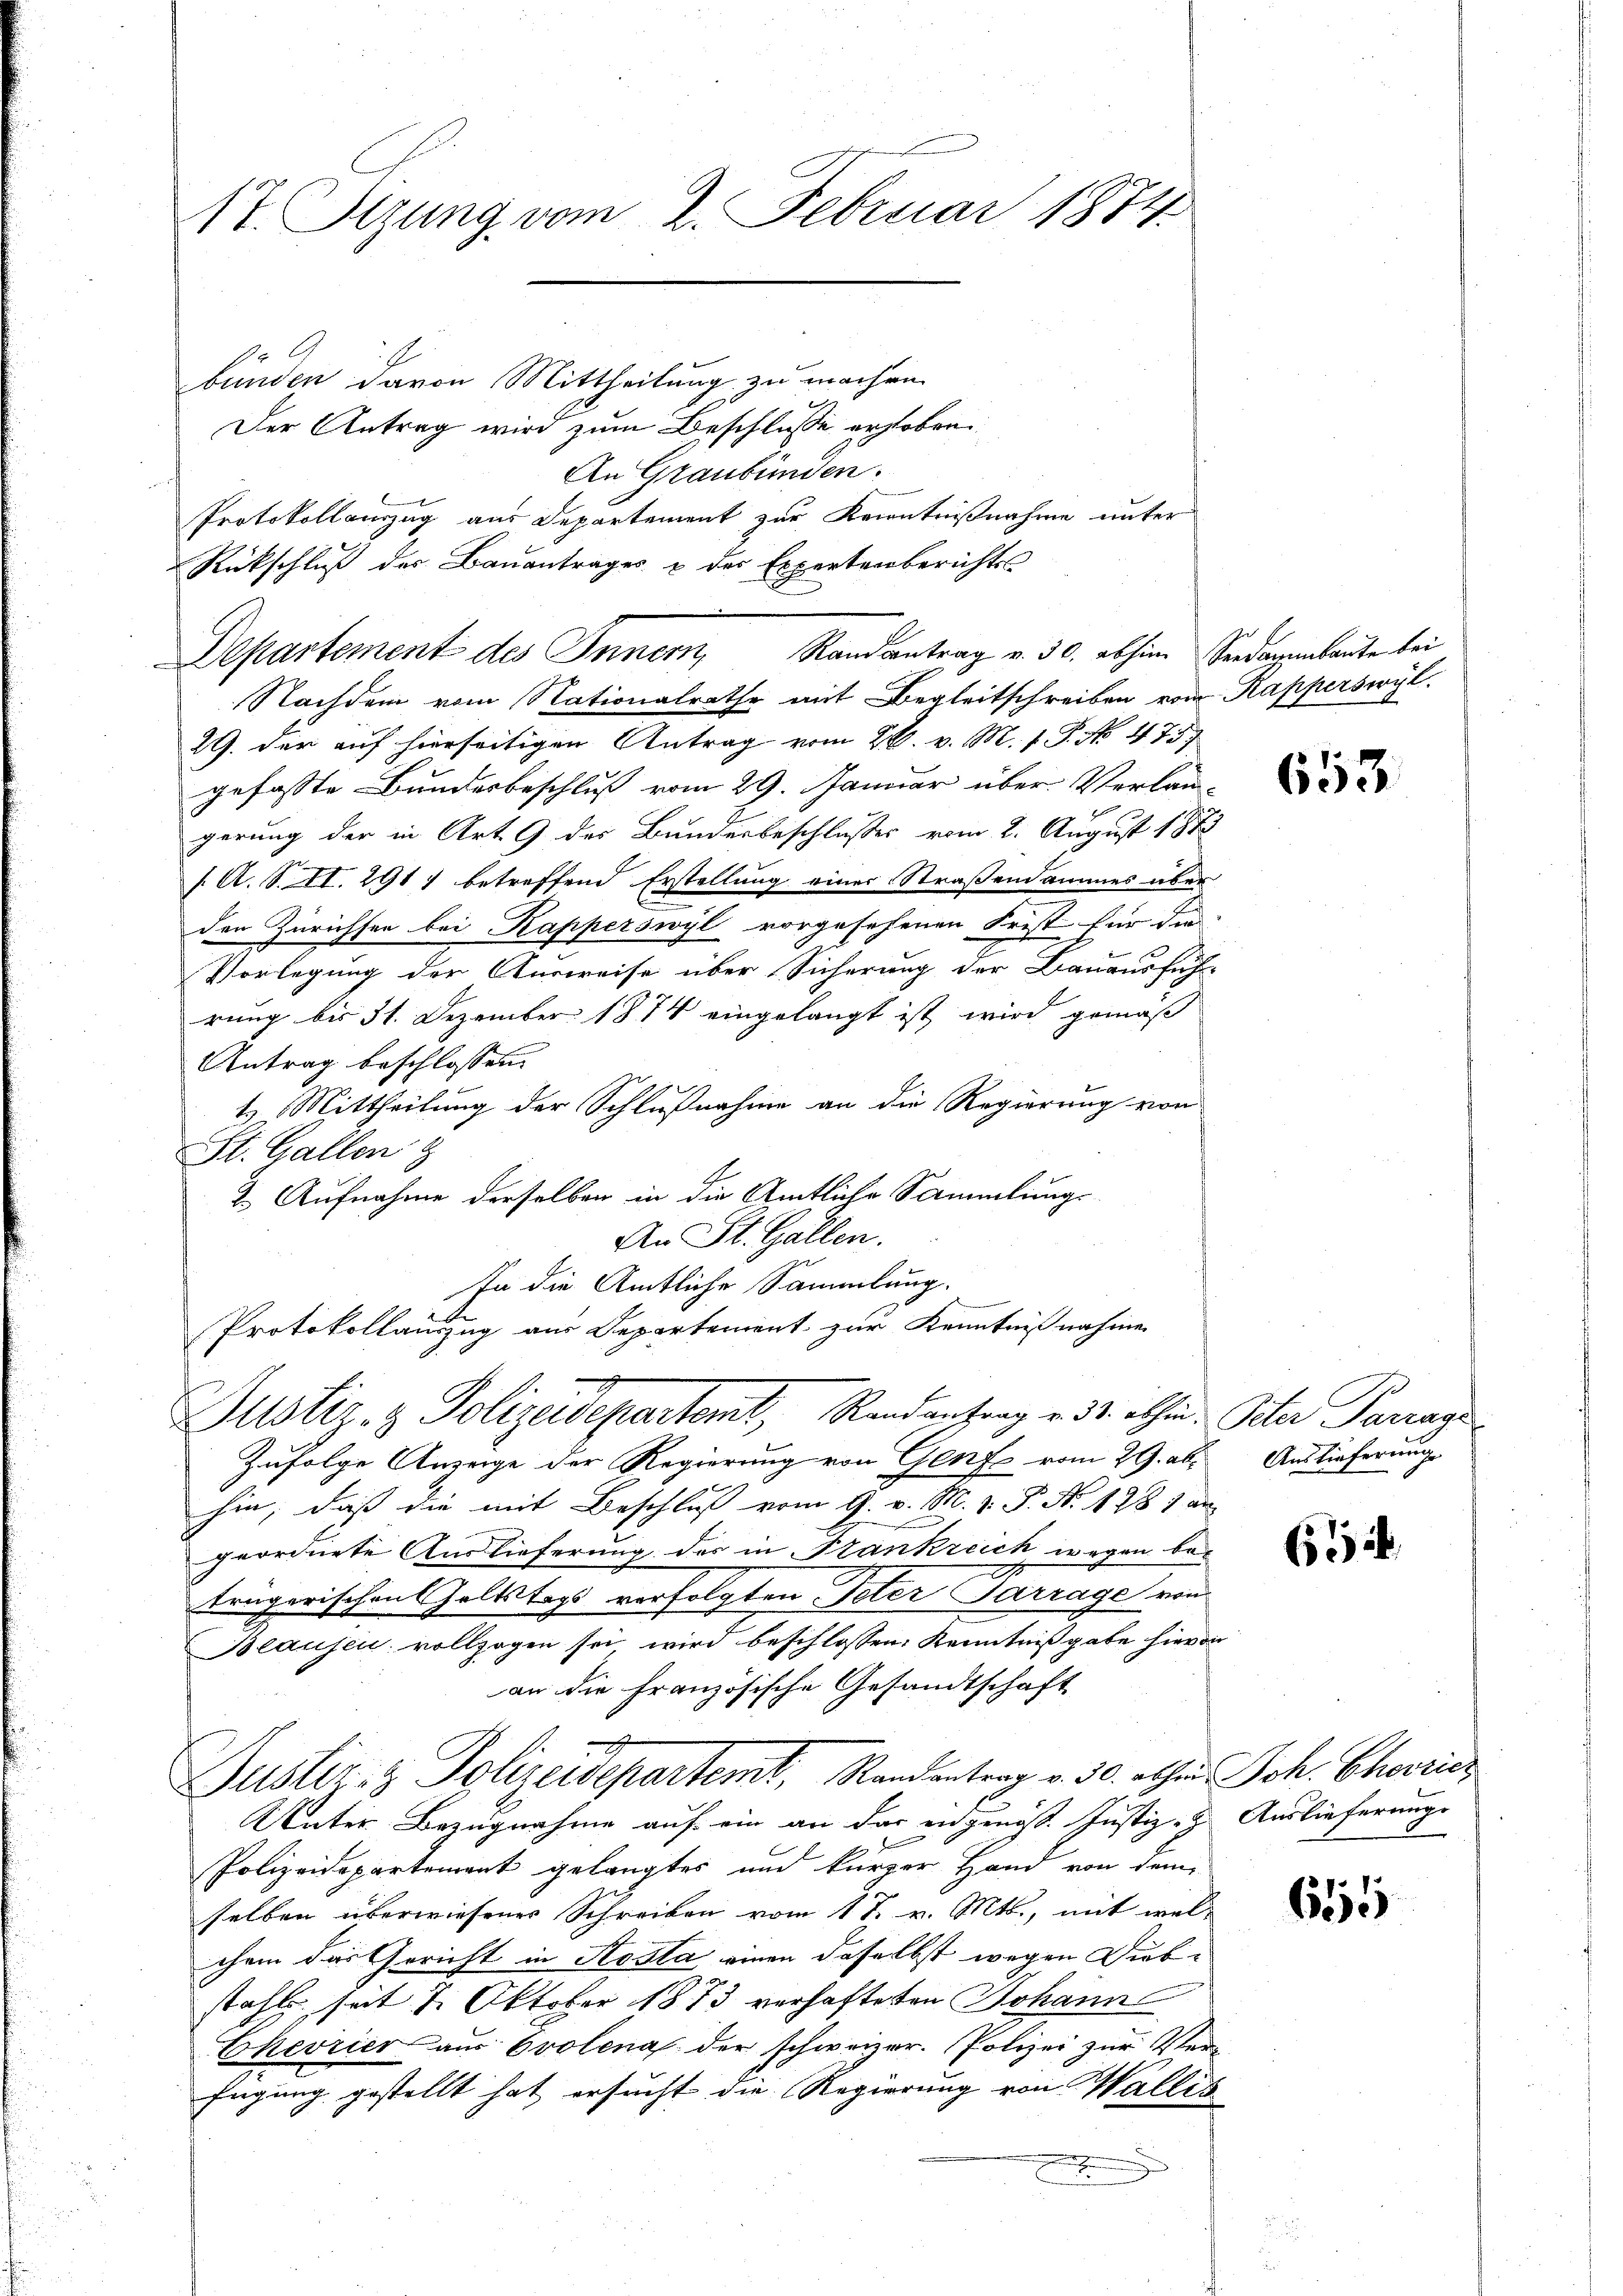
17. Setzung vom 2. Februar 1874

Departement des Innern, Randantrag v. 30. abhin Seredagenbaute bei

bunden davon Mittheilung zu machen.
Der Antrag wird zum Beschluße erhoben
An Graubünden.
Protokollanzug aus Departement zur Kenntnißnahme unter
Rückschluß der Bauantrages & des Expertenberichts

Nachdem vom Nationalrathe mit Begleitschreiben vom Kapperswyl
29. der auf hierseitigen Antrag vom 26. v. M. 1. P. No 475.
gefasste Bundesbeschluß vom 29. Januar über Verlan-
gerung der in Art. 9 des Bunderbeschlusses vom 2. August 1873
f. A. S. II. 291) betreffend Erstellung einer Straßendammes aber
den Zürichsen bei Kapperswyl vorgesehenen Frist für die
Vorlegung der Ausweise über Sicherung der Bauausfüh-
rung bis 31. Dezember 1874 eingelangt ist wird gemäß
Antrag beschlossen.
t. Mittheilung der Schlußnahme an die Regierung von
St. Gallen z
2. Aufnahme derselben in die Amtliche Sammlungs-
An St. Gallen.
In die Amtliche Sammlung.
Protokollauszug aus Departement zur Kenntnißnahmen
Justiz- & Polizeidepartemt, Randantrag v. 31. ethin. Peter Parrage
Zufolge Anzeige der Regierung von Genf vom 29. als Auslieferung
hin, daß die mit Beschluß vom 9. v. M. v. P. Nr. 1281 au
geordnete Auslieferung des in Stankreich wegen be-
trägerischen Geltstags verfolgten Peter Parrage von
Blausen vollzogen sei wird beschlossen: Kenntniß gabe hievon
an die französische Gesandtschaft
Justiz- & Polizeidepartemt, Randentrag v. 30. abhaus Joh. Choricz
Unter Bezugnahme auf ein an das angenoss. Justiz- & Auslieferungs
Polizeidepartement gelangtes und kurzer Hand von dem
selben überwiesenes Schreiben vom 17. v. Mts., mit wel-
chem das Gericht in Aosta einen daselbst wegen Diebstahls seit 7. Oktober 1873 verhafteten Johann
Chevrier aus Evolena der schweizer. Polizei zur Verfügung gestellt hat ersucht die Regierung von Wallis
u

653.

6

651